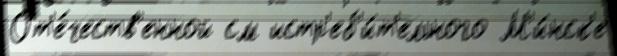
От'е́честв'енной см истр'еб'и́т'ельного М'и́нск'е